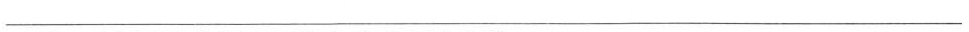
___